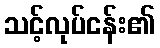
သင့်လုပ်ငန်း၏